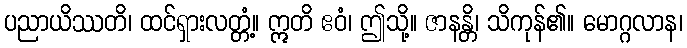
ပညာယိဿတိ၊ ထင်ရှားလတ္တံ့။ ဣတိ ဧဝံ၊ ဤသို့။ ဇာနန္တိ၊ သိကုန်၏။ မောဂ္ဂလာန၊